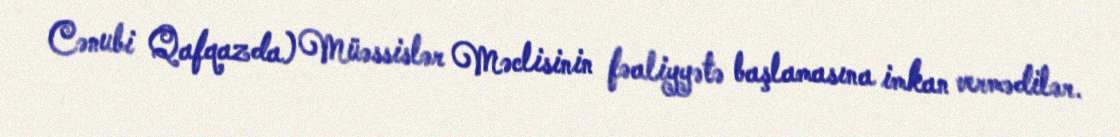
Cənubi Qafqazda) Müəssislər Məclisinin fəaliyyətə başlamasına imkan vermədilər.